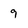
Character: 9